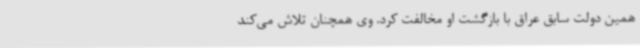
همین دولت سابق عراق با بازگشت او مخالفت کرد. وی همچنان تلاش می‌کند